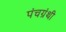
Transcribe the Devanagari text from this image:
पंचग्रंथी